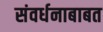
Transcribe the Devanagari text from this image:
संवर्धनाबाबत